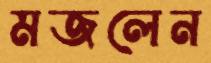
মজলেন